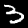
Digit: 3